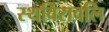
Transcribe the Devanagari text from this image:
स्थविरावलि